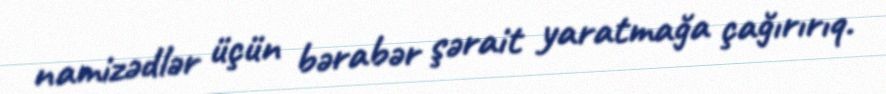
namizədlər üçün bərabər şərait yaratmağa çağırırıq.